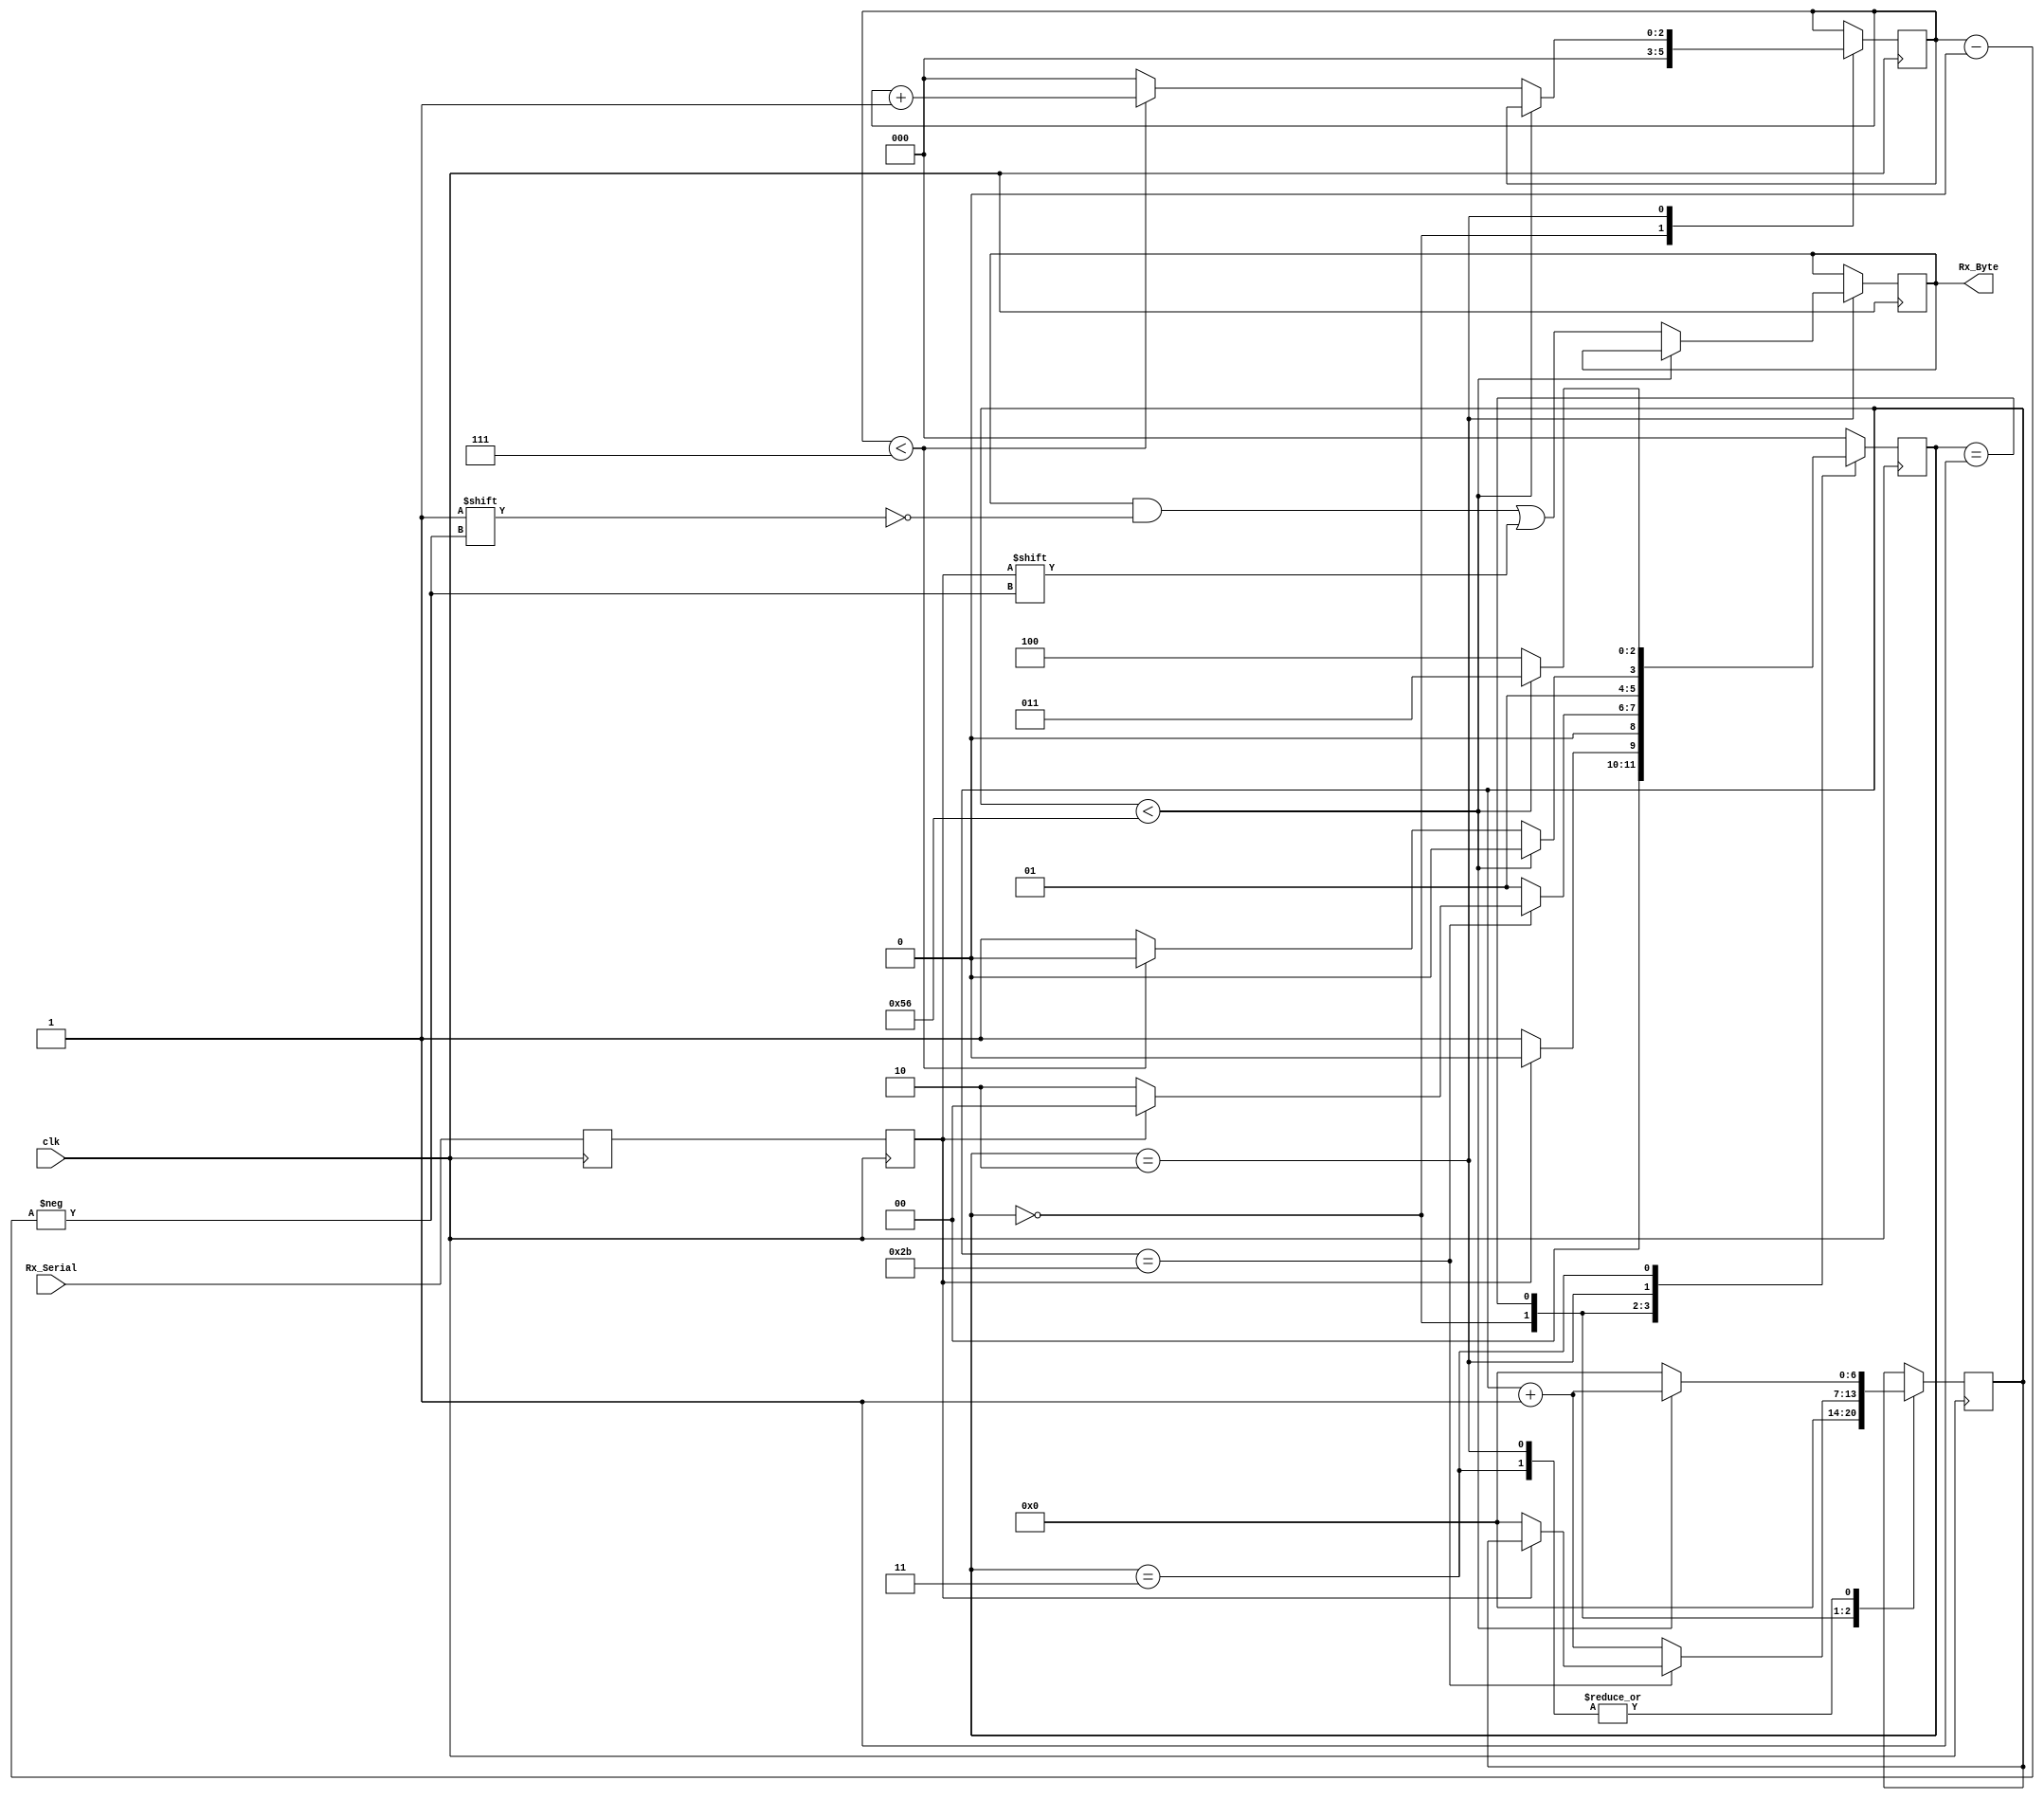
module uart_rx
(
	input 		 clk,
	input 		 Rx_Serial,
	output [7:0] Rx_Byte
);

localparam IDLE	 	= 3'b000;
localparam START 		= 3'b001;
localparam R_DATA 	= 3'b010;
localparam STOP 		= 3'b011;
localparam CLEAN		= 3'b100;

parameter CLKS_PER_BIT = 87 ; //clk = 10 Mhz , baudrate = 115200

reg Rx_Data_R = 1'b1;
reg Rx_Data = 1'b1;
reg [7:0] buffer;

reg [6:0] clk_count = 0;
reg [2:0] state = IDLE;

reg [2:0] bit_index = 0;

assign Rx_Byte = buffer;

always @(posedge clk)
begin
	Rx_Data_R <= Rx_Serial;
	Rx_Data <= Rx_Data_R;
end

always @(posedge clk)
begin
	case(state)
		
		IDLE:
		begin
			bit_index <= 1'b0;
			clk_count <= 7'b0;
			
			if(Rx_Data == 1'b0) state <= START;
			else					  state <= IDLE ;
		end
		
		START:
		begin
			if(clk_count == (CLKS_PER_BIT - 1) / 2)
			begin
				if(Rx_Data == 1'b0)
				begin
					clk_count <= 7'b0;
					state <= R_DATA;
				end
				else
				begin
					state <=  IDLE;
				end
			end
			else
			begin
				clk_count <= clk_count + 1;
				state <= START;
			end
		end
		
		R_DATA:
		begin
			if(clk_count < CLKS_PER_BIT - 1)
			begin
				clk_count <= clk_count + 1;
				state <= R_DATA;
			end
			else
			begin
				buffer[bit_index] = Rx_Data;
				clk_count <= 0;
				
				if(bit_index < 7)
				begin
					bit_index <= bit_index + 1;
					state <= R_DATA;
				end
				else
				begin
					bit_index <= 0;
					state <= STOP;
				end
			end
		end
		
		STOP:
		begin
			if(clk_count < CLKS_PER_BIT - 1)
			begin
				clk_count <= clk_count + 1;
				state <= STOP;
			end
			else
			begin
				clk_count <= 0;
				state <= CLEAN;
			end
		end
		
		CLEAN:
		begin
			state <= IDLE;
		end
		
		default: 
			state <= IDLE;
	endcase
end	


endmodule